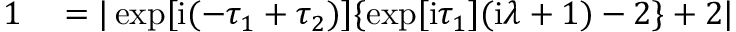
\begin{array} { r l } { 1 } & { { } = | \exp [ \mathrm { i } ( - \tau _ { 1 } + \tau _ { 2 } ) ] \{ \exp [ \mathrm { i } \tau _ { 1 } ] ( \mathrm { i } \lambda + 1 ) - 2 \} + 2 | } \end{array}